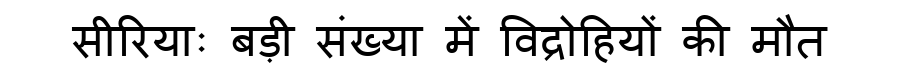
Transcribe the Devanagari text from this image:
सीरियाः बड़ी संख्या में विद्रोहियों की मौत